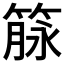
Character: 𰪌